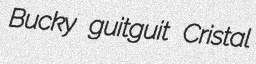
Bucky guitguit Cristal